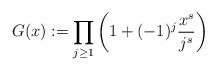
LaTeX: \begin{align*}G(x) := \prod_{j\ge 1}\bigg(1+(-1)^j \frac{x^s}{j^s}\bigg)\end{align*}